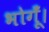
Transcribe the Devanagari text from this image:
भोगूँ।